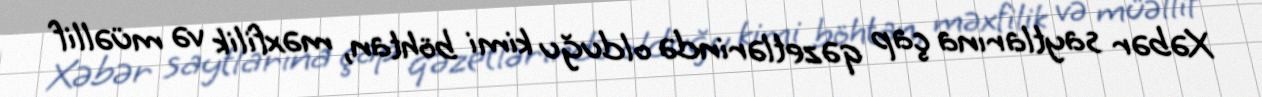
Xəbər saytlarına çap qəzetlərində olduğu kimi böhtan, məxfilik və müəllif